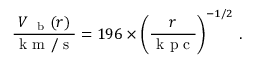
\frac { V _ { \mathrm { ~ \scriptsize ~ b ~ } } ( r ) } { \mathrm { ~ k ~ m ~ / ~ s ~ } } = 1 9 6 \times \left( \frac { r } { \mathrm { ~ k ~ p ~ c ~ } } \right) ^ { { - 1 / 2 } } \, .